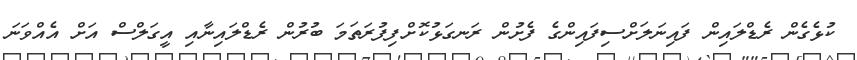
ކުޅެގެން ރެޑްލައިން ފައިނަލަށްސިފައިންގެ ފެށުން ރަނގަޅުކޮށްފިފުރަތަމަ ބުރުން ރެޑްލައިނާއި އީގަލްސް އަށް އެއްވަނަ